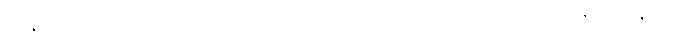
သန္တံ၊ ထင်ရှားရှိသော။ လောဘံ ဝါ၊ လိုချင်ခြင်းလောဘကိုမူလည်း။ မေ၊ ငါ၏။ အဇ္ဈတ္တံ၊